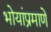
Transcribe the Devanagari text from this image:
भोयांप्रमाणे